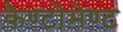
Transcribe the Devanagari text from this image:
कैण्‍टोमेण्‍ट